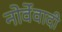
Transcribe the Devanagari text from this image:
नोर्वेवादी